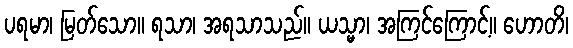
ပရမာ၊ မြတ်သော။ ရသာ၊ အရသာသည်။ ယသ္မာ၊ အကြင်ကြောင့်။ ဟောတိ၊